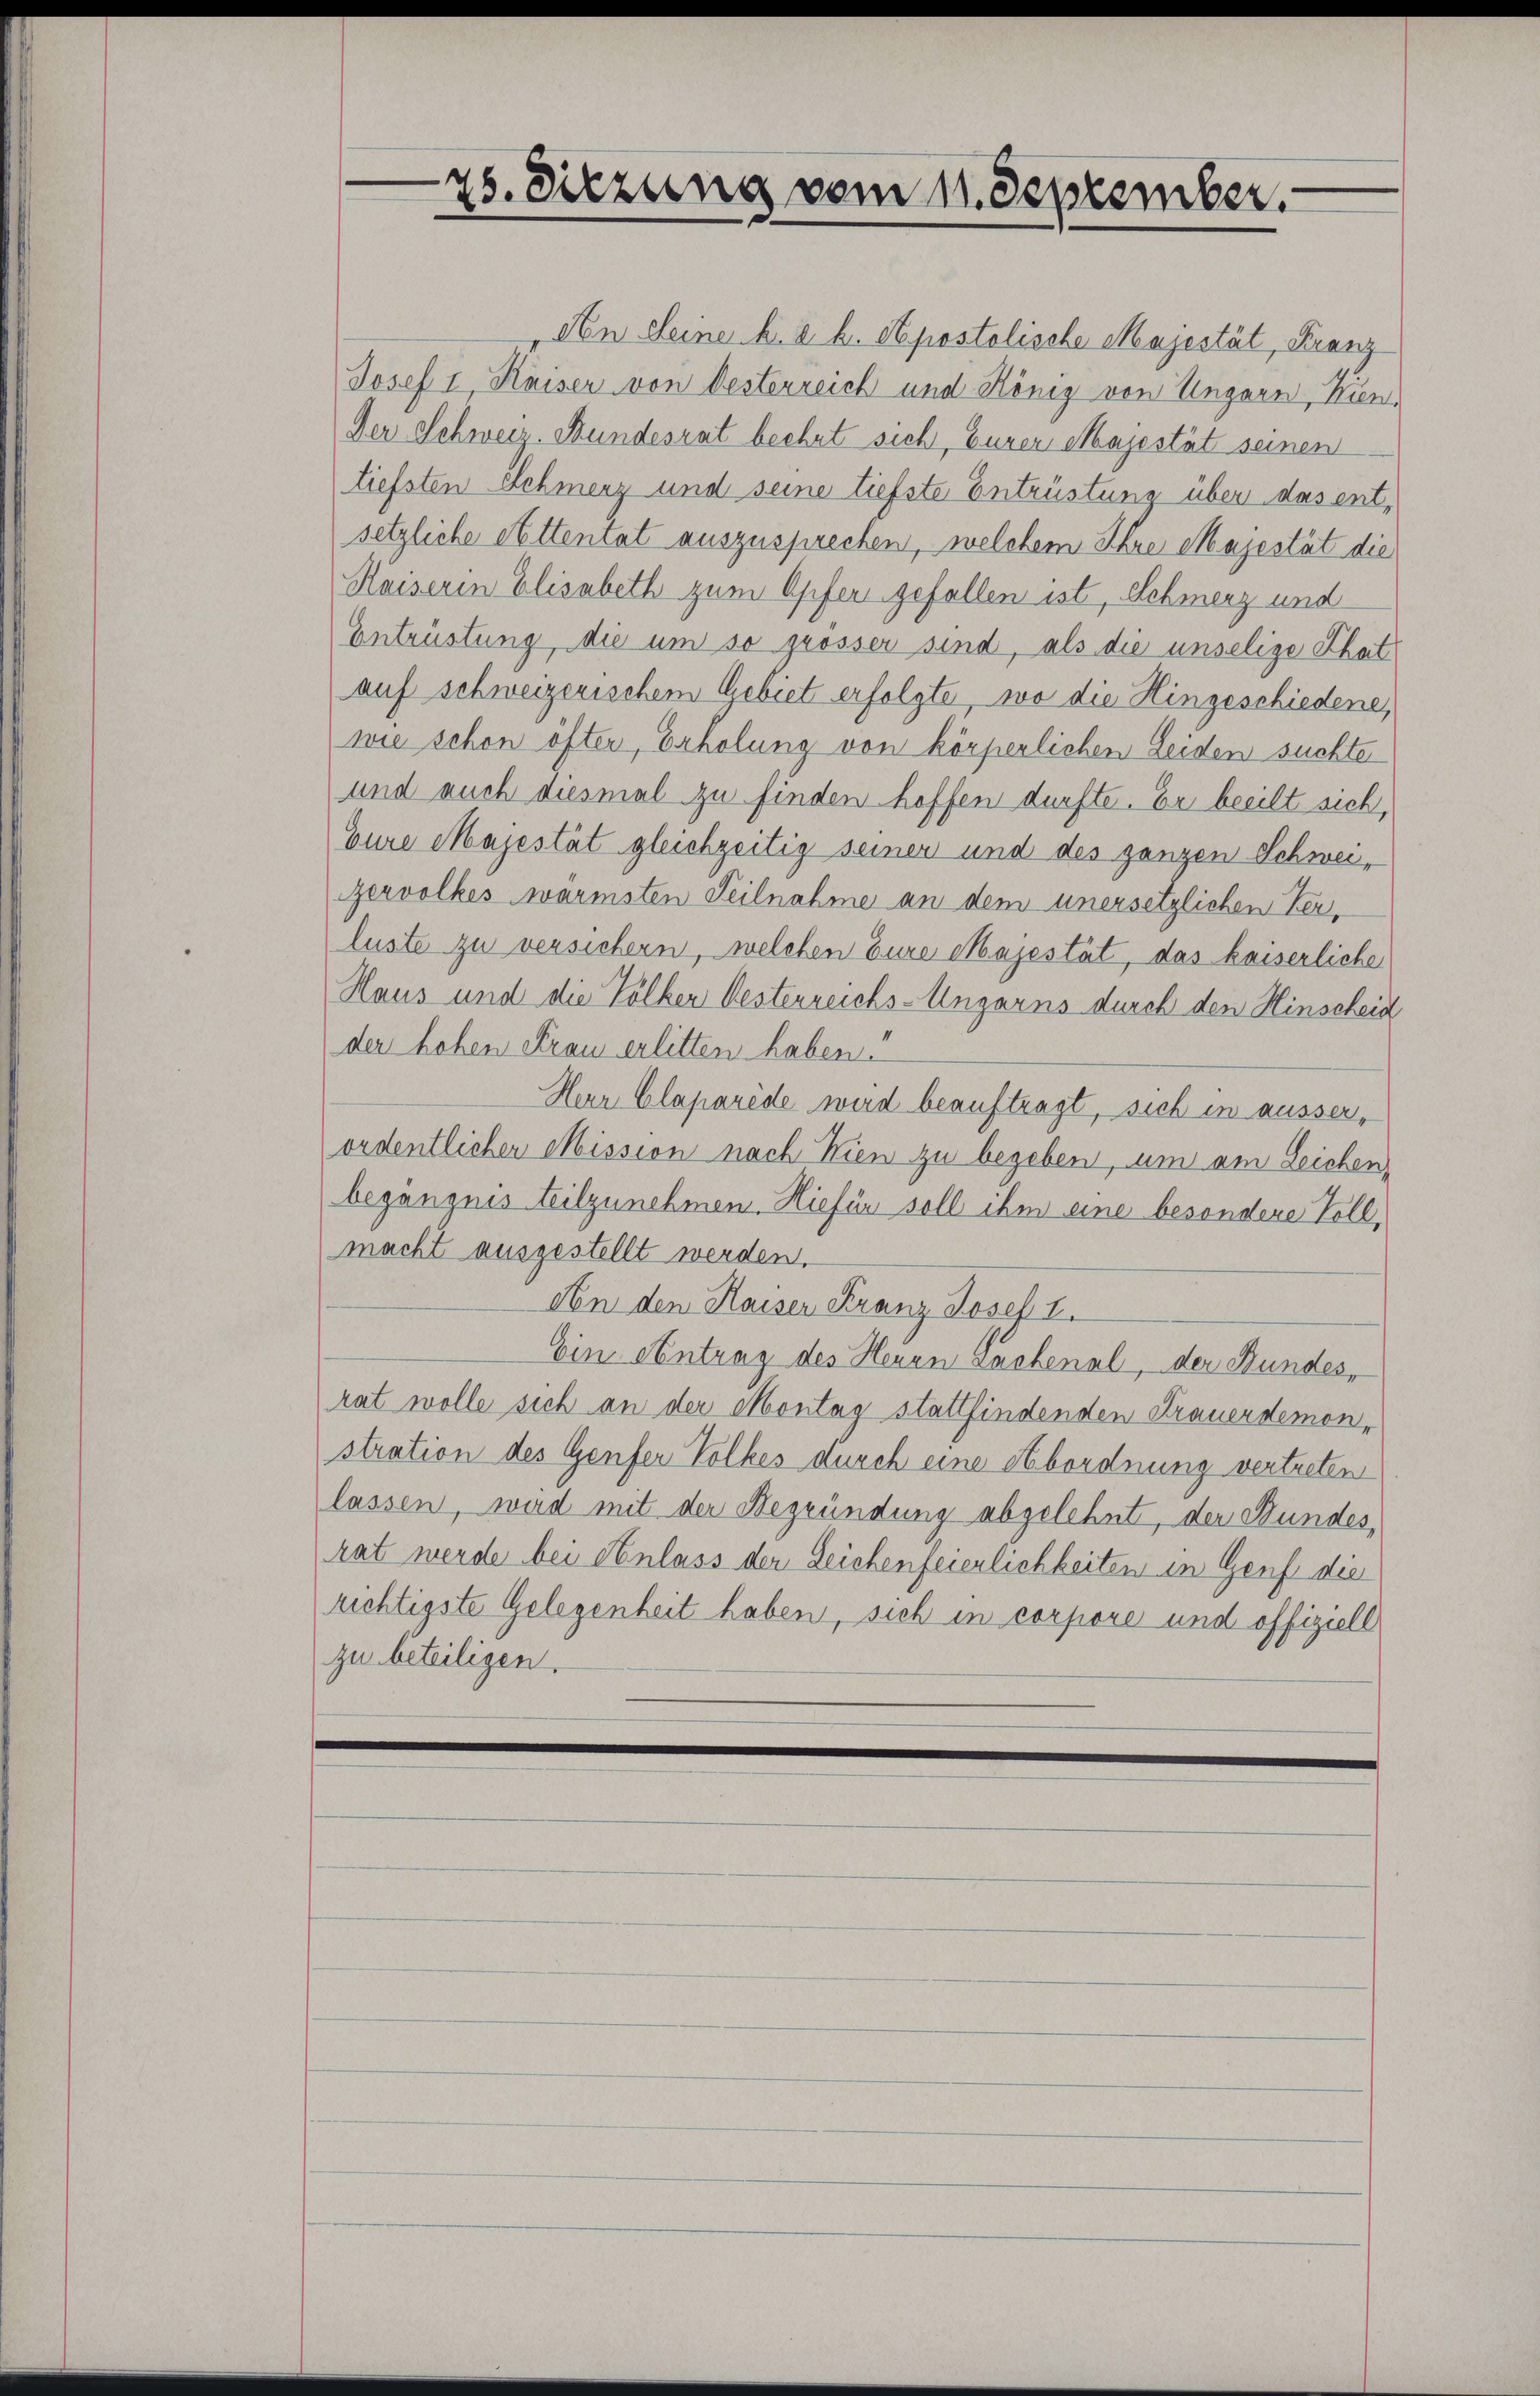
25. Sitzung vom 11. September.

An Seine h. d. h. Spostolische Majestät, Franz
Josef I. Kaiser von Oesterreich und König von Ungarn, Kien
Der Schwei Bundesrat beehrt sich, Eurer Majestät seinen
tiefsten Schmerz und seine tiefste Entrüstung über das entsetzliche Stettentat auszusprechen, welchem Ihre Majestät die
Kaiserin Elisabeth zum Opfer gefallen ist, Schmerz und
Entrüstung, die um so grösser sind, als die unselige That
auf schweizerischem Gebiet erfolgte, wo die Hingeschiedene,
wie schon öfter, Erholung von körperlichen Leiden suchte
und auch diesmal zu finden hoffen dürfte. Er beeilt sich,
Eure Majestät gleichzeitig seinen und des ganzen Schweigervolkes wärmsten Teilnahme an dem unersetzlichen Verluste zu versichern, welchen Eure Majestät, das kaiserliche
Haus und die Völker Oestenreichs-Ungarns durch den Hinscheid
der hohen Frau erlitten haben.
Herr Claparede wird beauftragt, sich in äusserordentlicher Mission nach Kien zu begeben, um am Leichen,
begängnis teilzunehmen. Hiefür soll ihm eine besondere Voll,
macht ausgestellt werden.
An den Kaiser Franz Josef I.
Ein Antrag des Heuen Sachenal, der Bundes,
rat wolle sich an der Montag stattfindenden Frauerdemon-
stration des Genfer Volkes durch eine Abordnung vertreten
lassen, wird mit der Begründung abgelehnt, der Bundes,
rat werde bei Anlass der Zeichenfeierlichkeiten in Genf die
richtigste Gelegenheit haben, sich in corpore und offiziell
zu beteiligen.